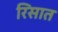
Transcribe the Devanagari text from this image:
रिसात